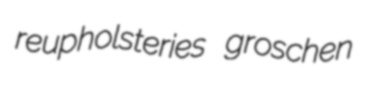
reupholsteries groschen